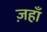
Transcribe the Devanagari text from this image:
ज़हाँ